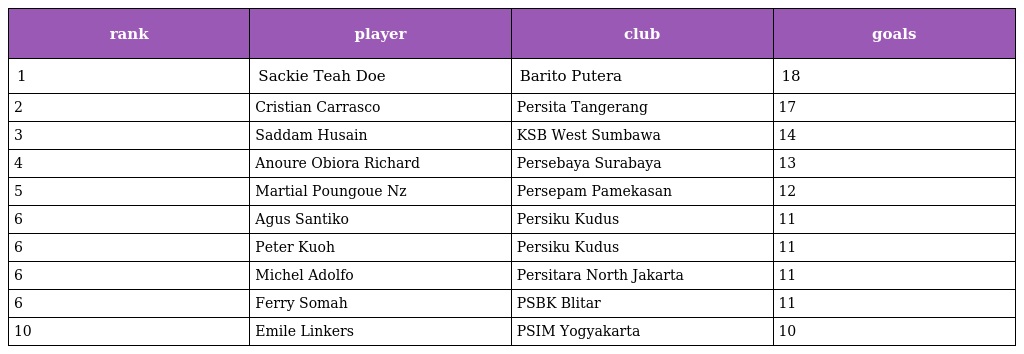
| rank | player | club | goals |
 | --- | --- | --- | --- |
 | 1 | Sackie Teah Doe | Barito Putera | 18 |
 | 2 | Cristian Carrasco | Persita Tangerang | 17 |
 | 3 | Saddam Husain | KSB West Sumbawa | 14 |
 | 4 | Anoure Obiora Richard | Persebaya Surabaya | 13 |
 | 5 | Martial Poungoue Nz | Persepam Pamekasan | 12 |
 | 6 | Agus Santiko | Persiku Kudus | 11 |
 | 6 | Peter Kuoh | Persiku Kudus | 11 |
 | 6 | Michel Adolfo | Persitara North Jakarta | 11 |
 | 6 | Ferry Somah | PSBK Blitar | 11 |
 | 10 | Emile Linkers | PSIM Yogyakarta | 10 |